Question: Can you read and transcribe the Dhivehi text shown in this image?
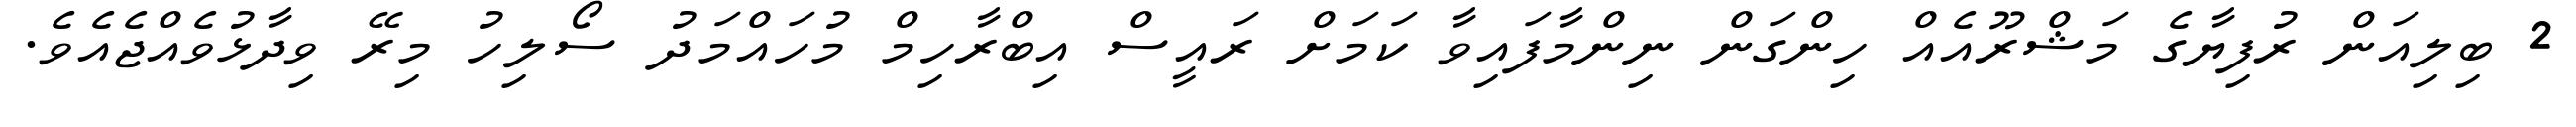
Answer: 2 ބިލިއަން ރުފިޔާގެ މަޝްރޫއެއް ހިންގަން ނިންމާފައިވާ ކަމަށް ރައީސް އިބްރާހިމް މުހައްމަދު ސޯލިހު މިރޭ ވިދާޅުވެއްޖެއެވެ.